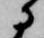
に